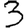
Digit: 3